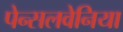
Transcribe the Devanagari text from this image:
पेन्सलवेनिया